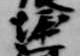
堀